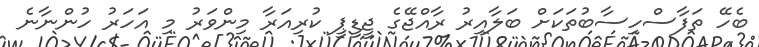
ބެހޭ ތަފާސްހިސާބުތަކަށް ބަލާއިރު ރާއްޖޭގެ ޖީޑީޕީ ކުރިއަރާ މިންވަރު މި އަހަރު ހުންނާނެ